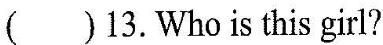
() 13. Who is this girl?